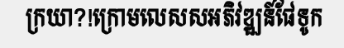
ក្រយា?!ក្រោមលេសសអភិវឌ្ឍន៍ផែទូក